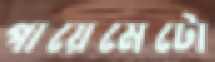
পায়েমেটো